Medical and sanitary report of the native army of Bengal for the year
Year: 1875
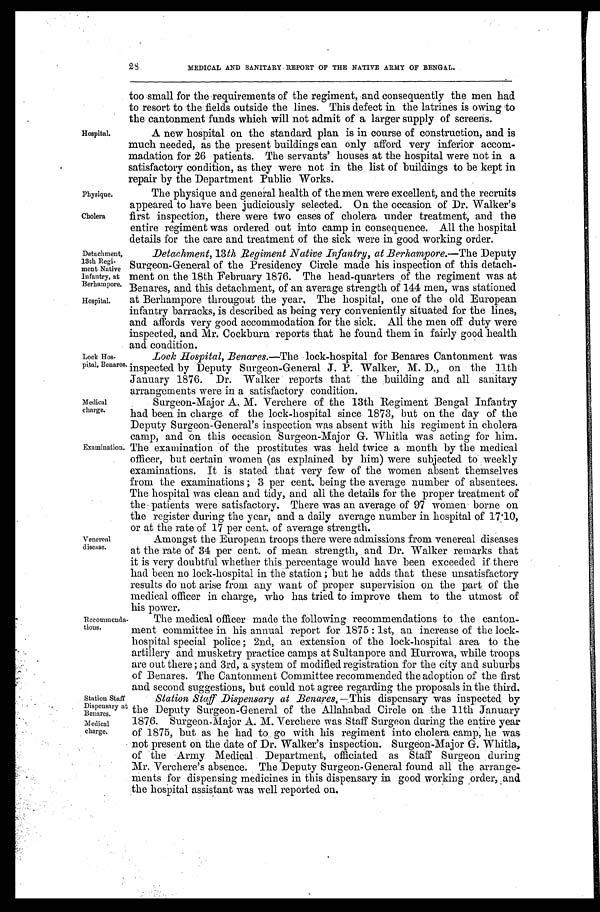
Physique.
Cholera
Detachment,
13th Regi
- m e n t N a t i v e Infantry, at
Berhampore.
Hospital.
Station Staff
Dispensary at
Benares.
Medical
charge.
28
MEDICAL AND SANITARY REPORT OF THE NATIVE ARMY OF BENGAL.
Hospital.
Lock Hos
-pital, Benares.
Medical
charge.
Examination,
Venereal
disease.
too small for the requirements of the regiment, and consequently the men had
to resort to the fields outside the lines. This defect in the latrines is owing to
the cantonment funds which will not admit of a larger supply of screens.
A new hospital on the standard plan is in course of construction, and is
much needed, as the present buildings can only afford very inferior accom
- m a d a t i o n f o r 2 6 p a t i e n t s . T h e s e r v a n t s ' h o u s e s a t t h e h o s p i t a l w e r e n o t i n a
satisfactory condition, as they were not in the list of buildings to be kept in
repair by the Department Public Works.
The physique and general health of the men were excellent, and the recruits
appeared to have been judiciously selected. On the occasion of Dr. Walker's
first inspection, there were two cases of cholera under treatment, and the
entire regiment was ordered out into camp in consequence. All the hospital
details for the care and treatment of the sick were in good working order.
Detachment, 13 th Regiment Native Infantry, at Berhampore. —The Deputy
Surgeon-General of the Presidency Circle made his inspection of this detach
- m e n t o n t h e 1 8 t h F e b r u a r y 1 8 7 6 . T h e h e a d - q u a r t e r s o f t h e r e g i m e n t w a s a t
Benares, and this detachment, of an average strength of 144 men, was stationed
at Berhampore througout the year. The hospital, one of the old European
infantry barracks, is described as being very conveniently situated for the lines,
and affords very good accommodation for the sick. All the men off duty were
inspected, and Mr. Cockburn reports that he found them in fairly good health
and condition.
Lock Hospital, Benares. —The lock-hospital for Benares Cantonment was
inspected by Deputy Surgeon-General J. P. Walker, M. D., on the 11th
January 1876. Dr. Walker reports that the building and all sanitary
arrangements were in a satisfactory condition.
Surgeon-Major A. M. Verchere of the 13th Regiment Bengal Infantry
had been in charge of the lock-hospital since 1873, but on the day of the
Deputy Surgeon-General's inspection was absent with his regiment in cholera
camp, and on this occasion Surgeon-Major G. Whitla was acting for him.
The examination of the prostitutes was held twice a month by the medical
officer, but certain women (as explained by him) were subjected to weekly
examinations. It is stated that very few of the women absent themselves
from the examinations; 3 per cent. being the average number of absentees.
The hospital was clean and tidy, and all the details for the proper treatment of
the patients were satisfactory. There was an average of 97 women borne on
the register during the year, and a daily average number in hospital of 17.10,
or at the rate of 17 per cent. of average strength.
Amongst the European troops there were admissions from venereal diseases
at the rate of 34 per cent. of mean strength, and Dr. Walker remarks that
it is very doubtful whether this percentage would have been exceeded if there
had been no lock-hospital in the station; but he adds that these unsatisfactory
results do not arise from any want of proper supervision on the part of the
medical officer in charge, who has tried to improve them to the utmost of
his power.
Recommenda
-tions.
The medical officer made the following recommendations to the canton-
ment committee in his annual report for 1875: 1st, an increase of the lock-
hospital special police; 2nd, an extension of the lock-hospital area to the
artillery and musketry practice camps at Sultanpore and Hurrowa, while troops
are out there; and 3rd, a system of modified registration for the city and suburbs
of Benares. The Cantonment Committee recommended the adoption of the first
and second suggestions, but could not agree regarding the proposals in the third.
Station Staff Dispensary at Benares.—This dispensary was inspected by
the Deputy Surgeon-General of the Allahabad Circle on the 11th January
1876. Surgeon-Major A. M. Verchere was Staff Surgeon during the entire year
of 1875, but as he had to go with his regiment into cholera camp, he was
not present on the date of Dr. Walker's inspection. Surgeon-Major G. Whitla,
of the Army Medical Department, officiated as Staff Surgeon during
Mr. Verchere's absence. The Deputy Surgeon-General found all the arrange-
ments for dispensing medicines in this dispensary in good working order, and
the hospital assistant was well reported on.